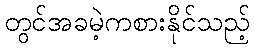
တွင်အခမဲ့ကစားနိုင်သည့်